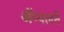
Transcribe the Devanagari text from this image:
ॲप्पलने